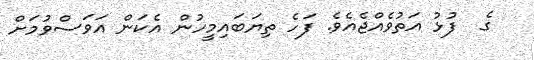
ގެ  ފުޅު އަތުވެއްޖެއެވެ. ފަހެ ތިޔަބައިމީހުން އެކަން އަވަސްވުމަށް